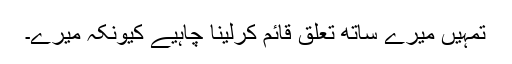
تمہیں میرے ساتھ تعلق قائم کرلینا چاہیے کیونکہ میرے۔